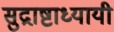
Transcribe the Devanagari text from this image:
सुद्राष्टाध्यायी